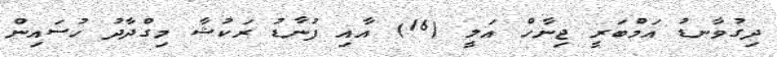
ދިގުވާނޑު އަމްބަރީ ޖިނާހް އަލީ (16) އާއި ފުނާޑު ރަކުޝާ މިގްދާދު ހުސައިން